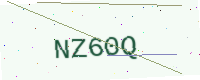
Text: NZ60Q